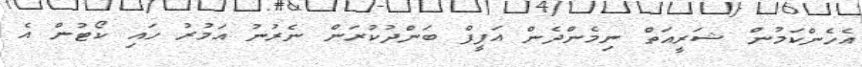
އެހެންކަމުން ޝަރީއަތް ނިމެންދެން އަފީފް ބަންދުކުރަން ނެރުނު އަމުރު ހައި ކޯޓުން އެ